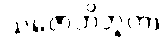
သဇောတိဘူတာ